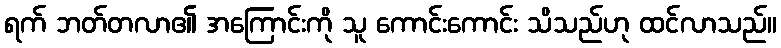
ရက် ဘတ်တလာ၏ အကြောင်းကို သူ ကောင်းကောင်း သိသည်ဟု ထင်လာသည်။